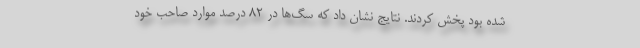
شده بود پخش کردند. نتایج نشان داد که سگ‌ها در ۸۲ درصد موارد صاحب خود